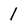
Character: 1